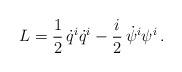
LaTeX: \begin{align*}L=\frac{1}{2}\,\dot q^i\dot q^i-\frac{i}{2}\,\dot\psi^i\psi^i\,.\end{align*}